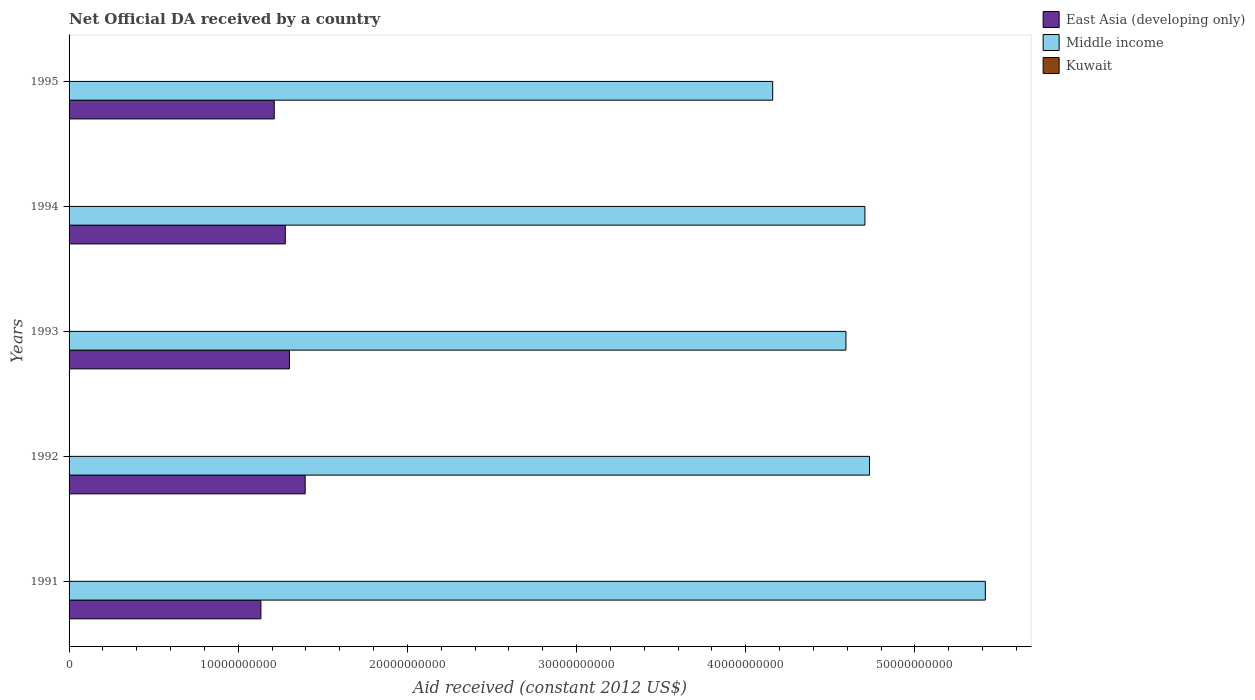
| Years | East Asia (developing only) | Middle income | Kuwait |
 | --- | --- | --- | --- |
 | 1991 | 1.13e+10 | 5.42e+10 | 1.8e+07 |
 | 1992 | 1.4e+10 | 4.73e+10 | 9.36e+06 |
 | 1993 | 1.3e+10 | 4.59e+10 | 2.88e+06 |
 | 1994 | 1.28e+10 | 4.7e+10 | 6.22e+06 |
 | 1995 | 1.21e+10 | 4.16e+10 | 5.29e+06 |